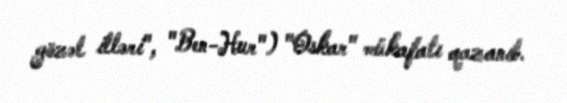
gözəl illəri", "Ben-Hur") "Oskar" mükafatı qazanıb.